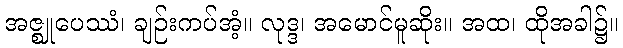
အဇ္ဈုပေဿံ၊ ချဉ်းကပ်အံ့။ လုဒ္ဒ၊ အမောင်မူဆိုး။ အထ၊ ထိုအခါ၌။